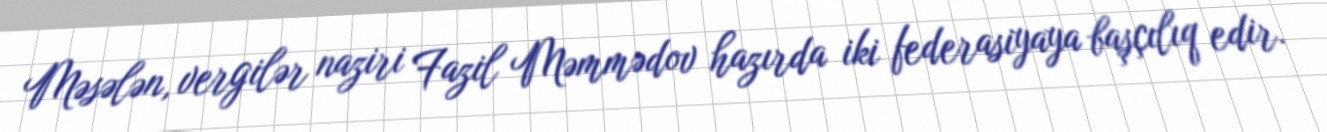
Məsələn, vergilər naziri Fazil Məmmədov hazırda iki federasiyaya başçılıq edir.